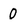
Character: 0